Leprosy in India: report of the Leprosy Commission in India, 1890-91
Year: 1890
Disease focus: Leprosy
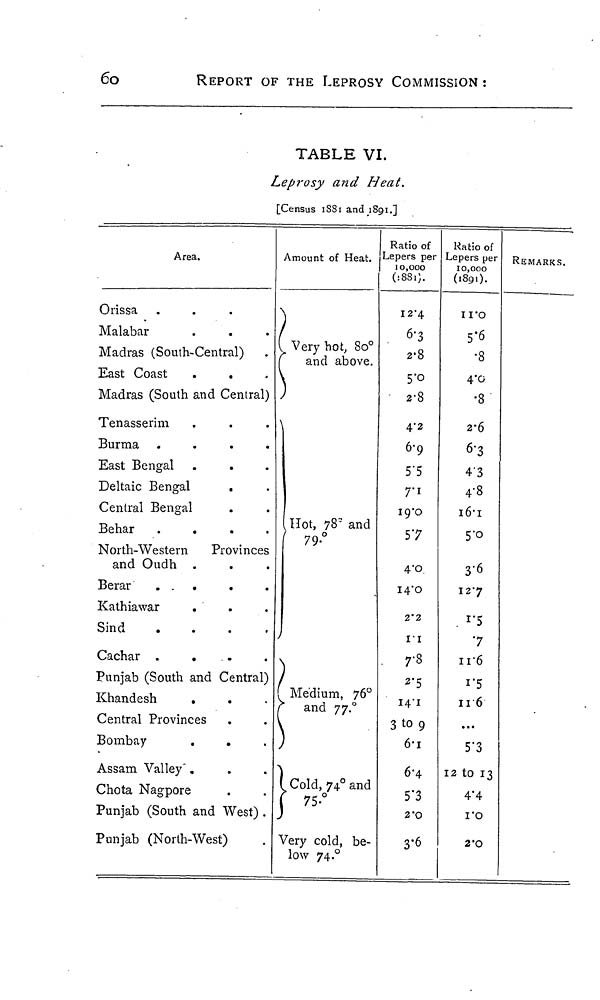
60
REPORT OF THE LEPROSY COMMISSION :
TABLE VI.
Leprosy and Heat.
[Census 1881 and 1891.]
Area.
Orissa
Malabar
Madras (South-Central)
East Coast
.
.
Madras (South and Central)
Tenasserim
Burma
East Bengal
Deltaic Bengal
.
Central Bengal
Behar .
.
.
.
North-Western
Provinces
and Oudh
Berar
. . .
Kathiawar
Sind .
.
.
.
Cachar
....
Punjab (South and Central)
Khandesh
*
Central Provinces
Bombay
Assam Valley"
Chota Nagpore
Punjab (South and West) .
Punjab (North-West)
Amount of Heat.
Very hot, 80°a
nd above.
Hot, 78' and
70.°/
Medium, 76°a
nd 77°[
)
)
Cold, 74° and
Very cold, be-
low 74.°R
atio of
Lepers per
10,000
(1881).
12.4
6.3
2.8
5.0
2.8
4.2
6.9
5.5
57
4.0
14.0
2.2
II
7.8
2.5
14.1
3 to 9
6.1
6.4
5.3
2.0
3.6
Ratio of
Lepers per
10,000
(1891).
11.0
5.6
•8
4.0
•8
2.6
6.3
43
4.8
16.1
5.0
3.6
12.7
1.5
7
11.6
11.6
...
5.3
12 to 13
4.4
1.0
2.0
REMARKS.